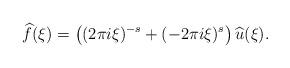
LaTeX: \begin{align*} \widehat{f}(\xi)=\left((2\pi i \xi)^{-s}+(-2\pi i \xi)^s\right) \widehat{u}(\xi). \end{align*}